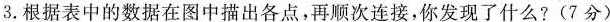
3.根据表中的数据在图中描出各点，再顺次连接，你发现了什么?(7分)